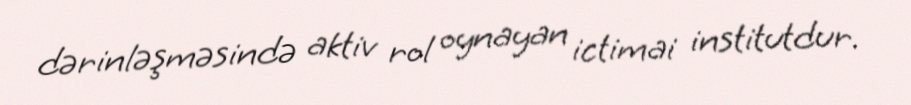
dərinləşməsində aktiv rol oynayan ictimai institutdur.